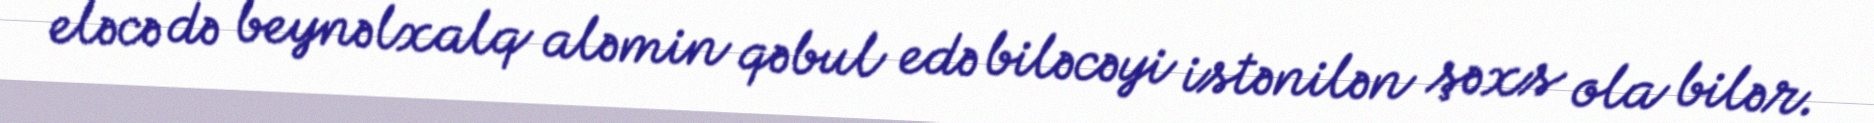
eləcə də beynəlxalq aləmin qəbul edə biləcəyi istənilən şəxs ola bilər.